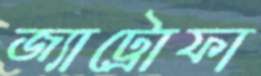
জ্যাট্রোফা